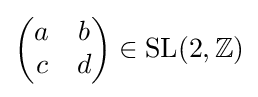
{\begin{pmatrix}a&b\\c&d\end{pmatrix}}\in \operatorname {SL} (2,\mathbb {Z} )